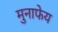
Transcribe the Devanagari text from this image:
मुनाफेय